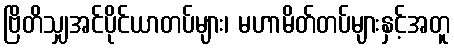
ဗြိတိသျှအင်ပိုင်ယာတပ်များ၊ မဟာမိတ်တပ်များနှင့်အတူ